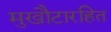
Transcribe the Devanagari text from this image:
मुखौटारहित